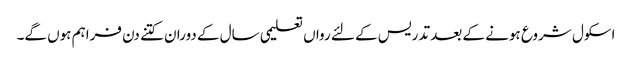
اسکول شروع ہونے کے بعد تدریس کے لئے رواں تعلیمی سال کے دوران کتنے دن فراہم ہوں گے۔